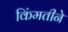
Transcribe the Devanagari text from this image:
किंमतीने